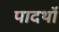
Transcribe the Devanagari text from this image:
पादर्थों